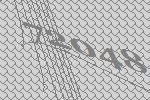
72048